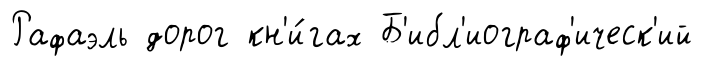
Рафаэль дорог кн'и́гах Б'ибл'иограф'ическ'ий